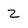
Character: z